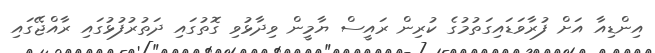
އިންޑިއާ އަށް ފުރާވަޑައިގަތުމުގެ ކުރިން ރައީސް ޔާމީން ވިދާޅުވި ގޮތުގައި ދަތުރުފުޅުގައި ރާއްޖޭގައި